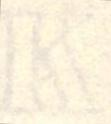
K